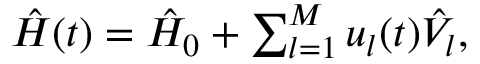
\begin{array} { r } { \hat { H } ( t ) = \hat { H } _ { 0 } + \sum _ { l = 1 } ^ { M } { u } _ { l } ( t ) \hat { V } _ { l } , } \end{array}